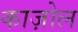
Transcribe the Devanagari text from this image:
काज़ोल